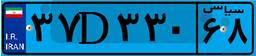
۹۷D۱۵۶۶۶